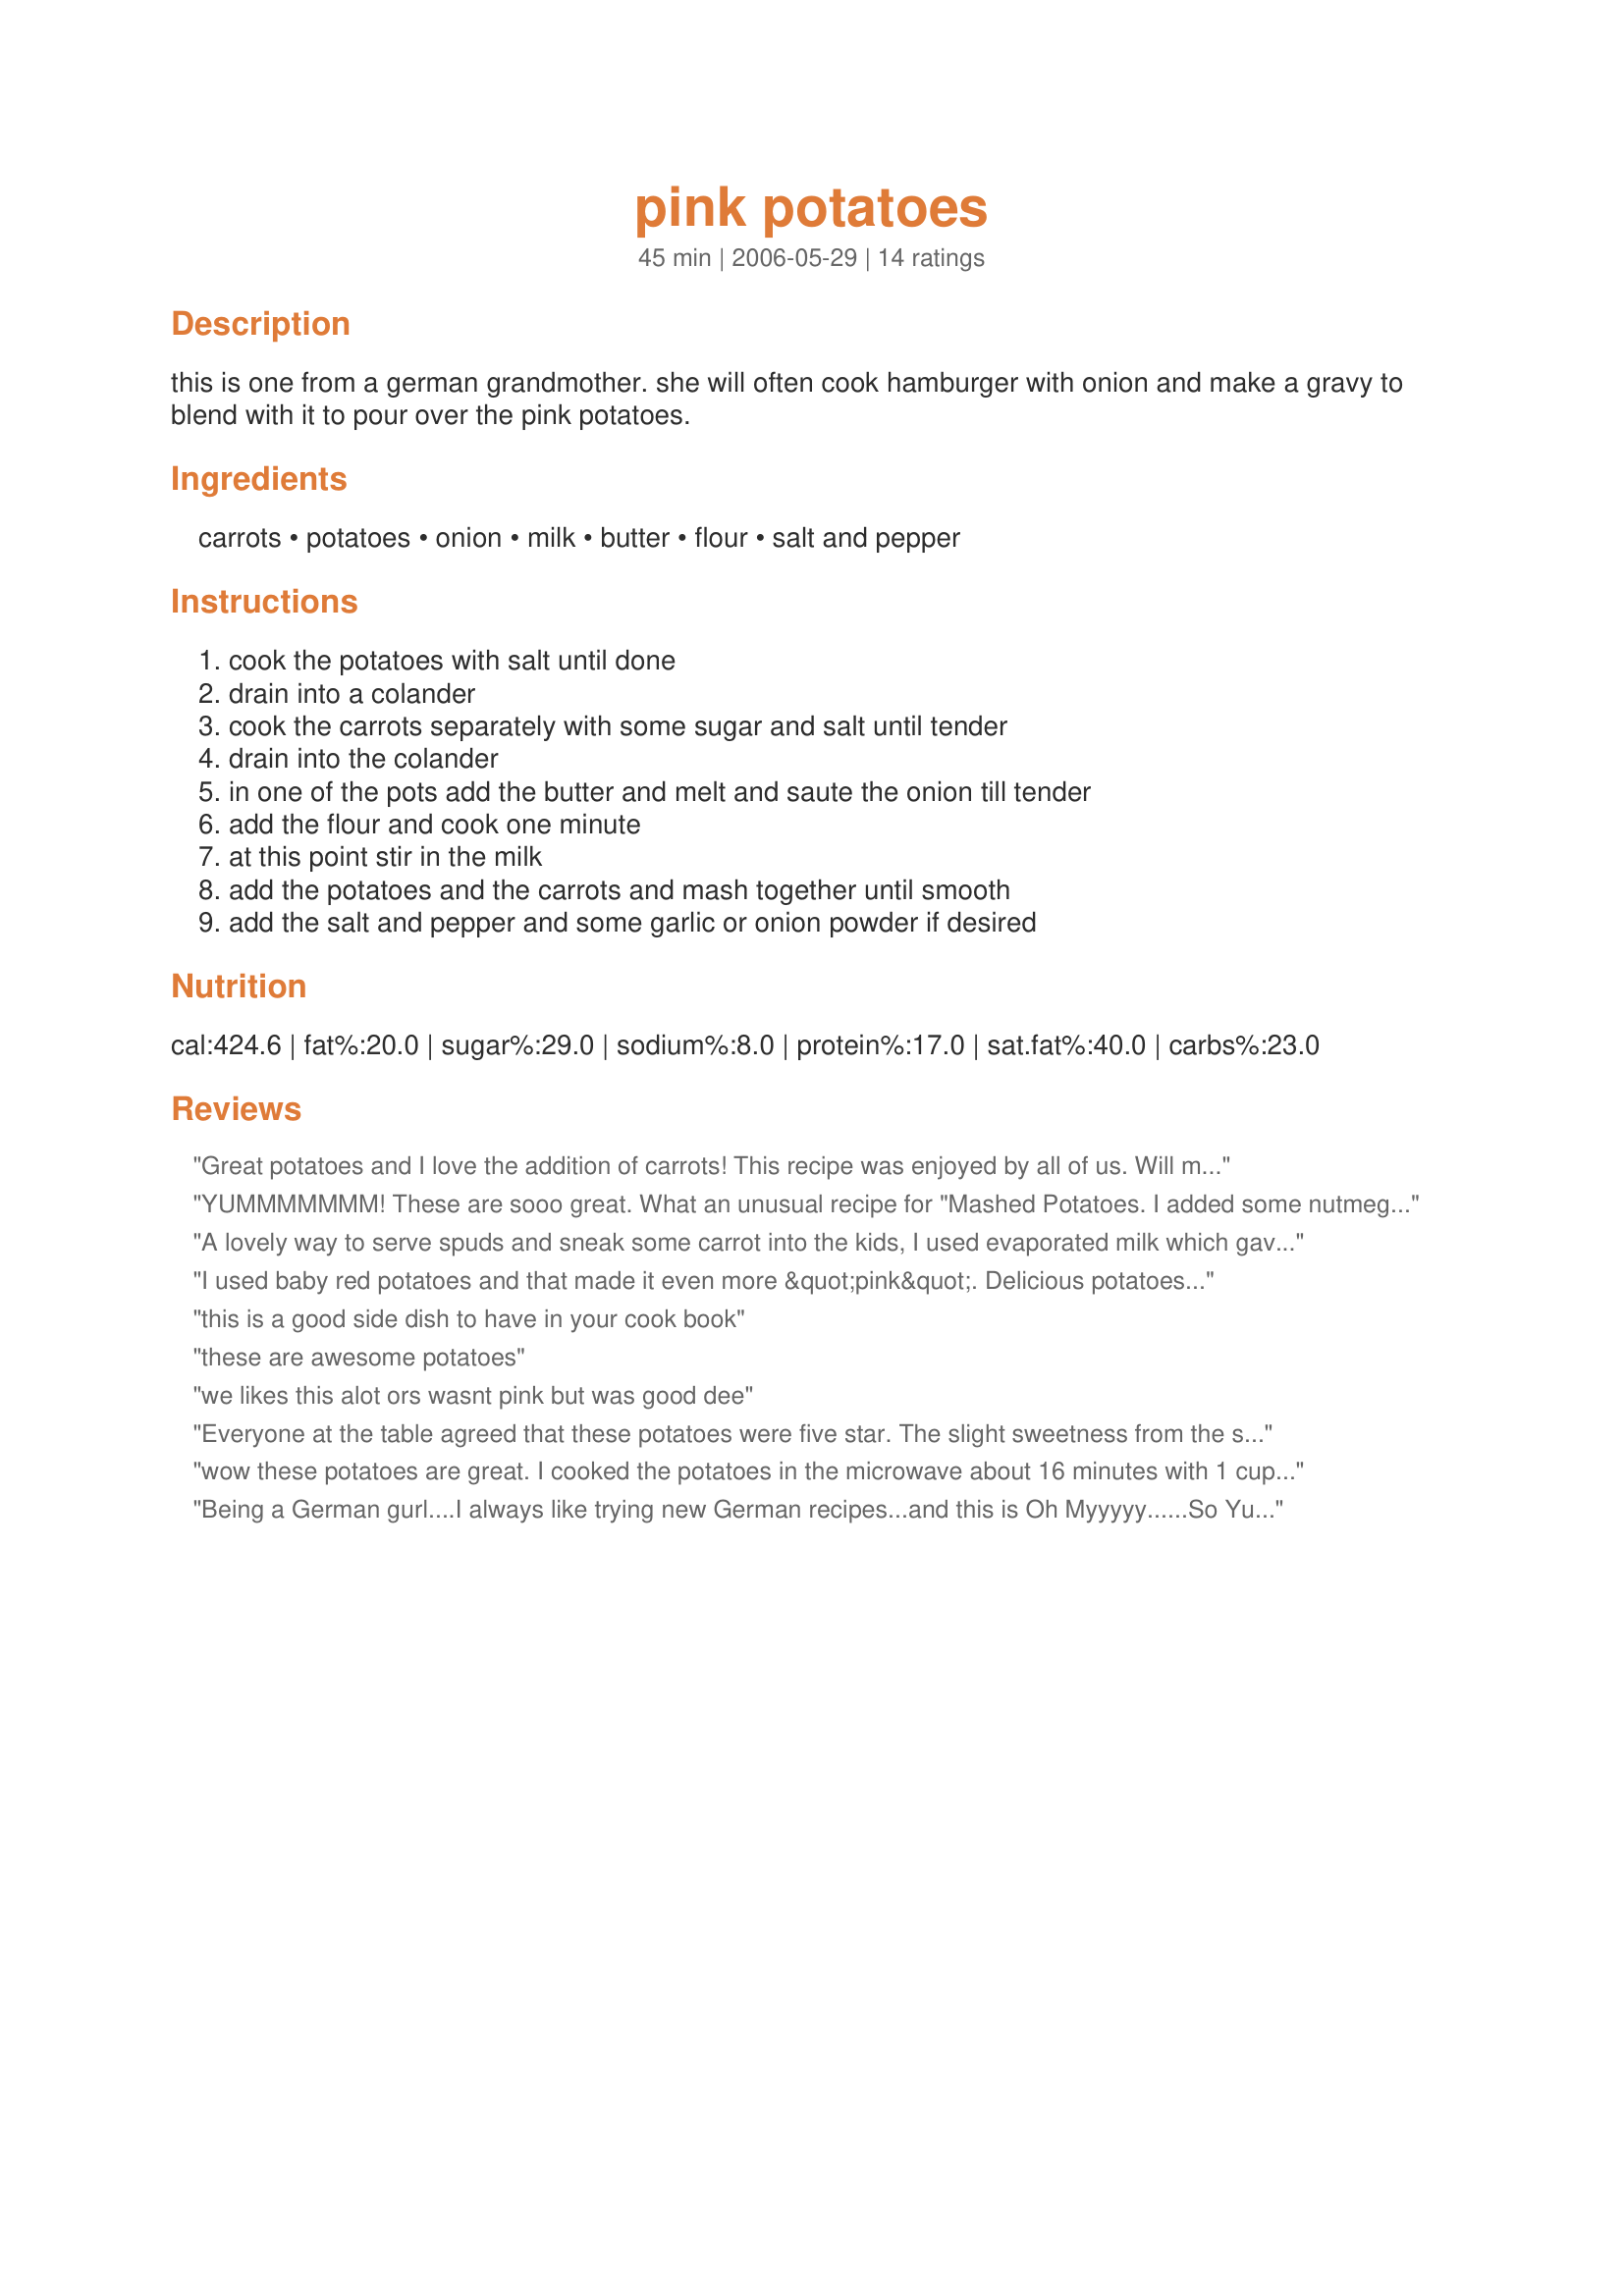
pink potatoes
Preparation time: 45 minutes

this is one from a german grandmother.
she will often cook hamburger with onion and make a gravy to blend with it to pour over the pink potatoes.

Ingredients:
carrots, potatoes, onion, milk, butter, flour, salt and pepper

Steps:
cook the potatoes with salt until done, drain into a colander, cook the carrots separately with some sugar and salt until tender, drain into the colander, in one of the pots add the butter and melt and saute the onion till tender, add the flour and cook one minute, at this point stir in the milk, add the potatoes and the carrots and mash together until smooth, add the salt and pepper and some garlic or onion powder if desired

Reviews:
Great potatoes and I love the addition of carrots! This recipe was enjoyed by all of us. Will make again. Made for Think Pink 2008.
YUMMMMMMM! These are sooo great. What an unusual recipe for "Mashed Potatoes. I added some nutmeg and next time I might add some green onions and or Prsley. We will use this recipe a lot!! I served Beef in Beer Recipe#136829 on top of these. We were licking the plate.
Thanks. Koechin
A lovely way to serve spuds and sneak some carrot into the kids, I used evaporated milk which gave a lovely creamy flavour, the carrots don't really mash in as good as the potato I guess because they are more fibrous but these are a great colour & something different from your average mashed potatoes. Thanks for posting!
I used baby red potatoes and that made it even more &quot;pink&quot;. Delicious potatoes, and a recipe I will make again. Thanks for sharing.
this is a good side dish to have in your cook book
these are awesome potatoes
we likes this alot ors wasnt pink but was good dee
Everyone at the table agreed that these potatoes were five star. The slight sweetness from the sauteed onion and from the carrots complimented the potatoes very well. I think they would be more pink when using reddish colored carrots. Mine were yellow/orange and the potatoes came out peachier in color. Thanks for posting this, Sage. We really enjoyed it.
wow these potatoes are great. I cooked the potatoes in the microwave about 16 minutes with 1 cup of water and covered. Meanwhile I was cooking the carrots in water and 1 tsp of sugar cause the quantity was not mentionned. I used whole milk. It has an incredible taste. The onions were soft enough even dark brown. They gave a lot of taste to the potatoes. Thanks Rita. Made for ZWT4
Being a German gurl....I always like trying new German recipes...and this is Oh Myyyyy......So Yummy! Total comfort food. I served them with BBQ chicken and sour cream cukes...Excellent Sage..Thanks Sweetie!! :) P.S. Were going to call these the golden potatoes...They were orange, not pink!! LOL !! :)
These were a smashing success! We absolutely loved this potato side dish! I am not a fan of mashed potatoes and I found myself going back for seconds! I served this with recipe #193930 and recipe #305588 for a well rounded German meal. Germany never tasted so good! I will definitely make this recipe the next time I am asked for mashed potatoes! Thanks Sage! Zaar World Tour 4 - Whine and Cheese!
A little different mashed potato! The carrots were quite good in it. I did cook the carrots quite a bit so they would mash better. I didn't add any sugar while cooking, because I thought the carrots were sweet enough without it. Thnx for sharing your recipe Sage. Made for THINK PINK Oct 2009.
These pink potatoes were awesome. We really enjoyed the flavor and texture of this tasty dish. I used Yukon gold potatoes and organic carrots and sweet onions, they were so good in this dish. This was the perfect comfort food dish. I did take your suggestion and served the potatoes with Hamburger Gravy. So happy that I did. I had a very happy hubby and no leftovers, it was that good. Thank you so much for sharing your recipe. Made as written and wouldn&#039;t change a thing. Made for Think Pink 2014.
Delicious and love the white sauce addition for a special treat! I made this recipe based on Chef#383346's recommendation for the Top Favorites of 2008 Game. I had spring onions leftover so used them here so in my photo that is what the green is. I still do not understand why they are called pink potatoes? I served with Recipe#222430 and a salad. I also think this recipe could be made ahead and then reheated later. Thanks Sage for a winner!
